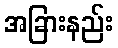
အခြားနည်း